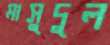
মাসুদুল